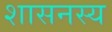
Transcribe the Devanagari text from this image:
शासनस्य